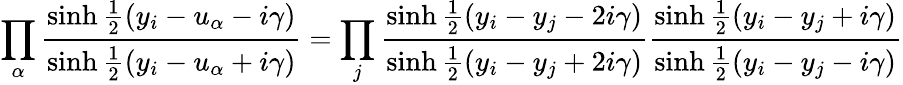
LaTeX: \prod_{\alpha}{\frac{\sinh{\frac{1}{2}}(y_{i}-u_{\alpha}-i\gamma)}{\sinh{\frac{1}{2}}(y_{i}-u_{\alpha}+i\gamma)}}=\prod_{j}{\frac{\sinh{\frac{1}{2}}(y_{i}-y_{j}-2i\gamma)}{\sinh{\frac{1}{2}}(y_{i}-y_{j}+2i\gamma)}}{\frac{\sinh{\frac{1}{2}}(y_{i}-y_{j}+i\gamma)}{\sinh{\frac{1}{2}}(y_{i}-y_{j}-i\gamma)}}